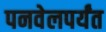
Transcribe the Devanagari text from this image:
पनवेलपर्यंत